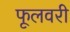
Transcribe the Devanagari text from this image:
फूलवरी